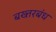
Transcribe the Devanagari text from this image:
बख्तरबंध